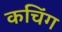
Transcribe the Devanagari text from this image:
कचिंग